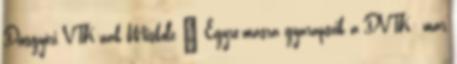
Diósgyőri VTK-nak Miskolc – Egyre-másra gyarapszik a DVTK: már